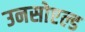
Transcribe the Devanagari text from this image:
उनसोएल्ड